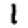
Digit: 1